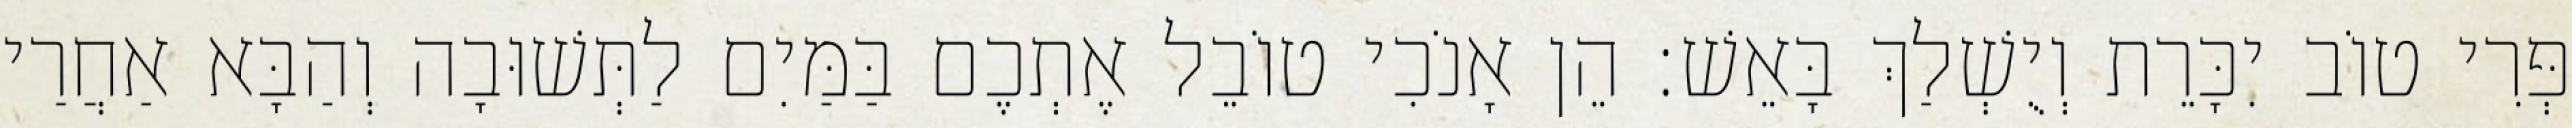
פְּרִי טוֹב יִכָּרֵת וְיֻשְׁלַךְ בָּאֵשׁ׃ הֵן אָנֹכִי טוֹבֵל אֶתְכֶם בַּמַּיִם לַתְּשׁוּבָה וְהַבָּא אַחֲרַי